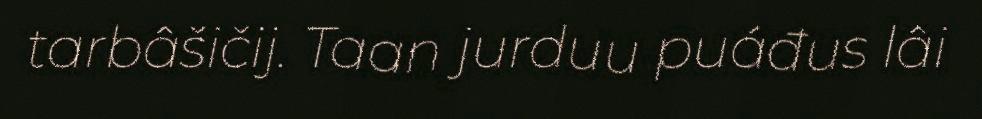
tarbâšičij. Taan jurduu puáđus lâi